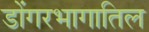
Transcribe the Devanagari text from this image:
डोंगरभागातिल